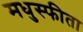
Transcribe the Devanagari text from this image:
मधुस्फीता